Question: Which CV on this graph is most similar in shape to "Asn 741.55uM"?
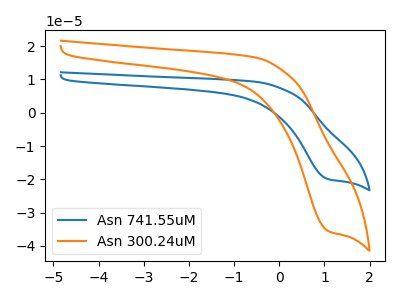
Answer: <think>The blue curve "Asn 741.55uM" has a cathodic peak at: (1.10V, -19.95uA). The orange curve "Asn 300.24uM" has a cathodic peak at: (1.10V, -35.60uA).
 All the peaks in "Asn 741.55uM" have a peak in "Asn 300.24uM" at the same potential. Every peak in "Asn 741.55uM" is lower than every peak in "Asn 300.24uM".</think>
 <answer>The CV with the most similar shape to "Asn 300.24uM" is "Asn 741.55uM".</answer>
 <eval>"Asn 741.55uM"</eval>